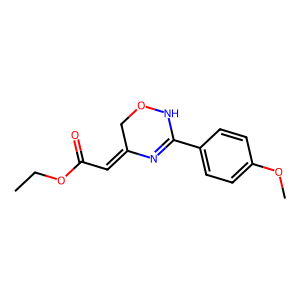
SMILES: CCOC(=O)C=C1CONC(c2ccc(OC)cc2)=N1
Inhibits HIV replication: No